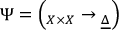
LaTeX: \Psi = \left( \O _ { X \times X } \to \underline { { { \O _ { \Delta } } } } \right)